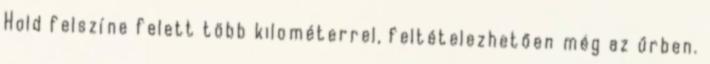
Hold felszíne felett több kilométerrel, feltételezhetően még az űrben.